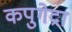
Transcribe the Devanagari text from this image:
कपुगेद्रा